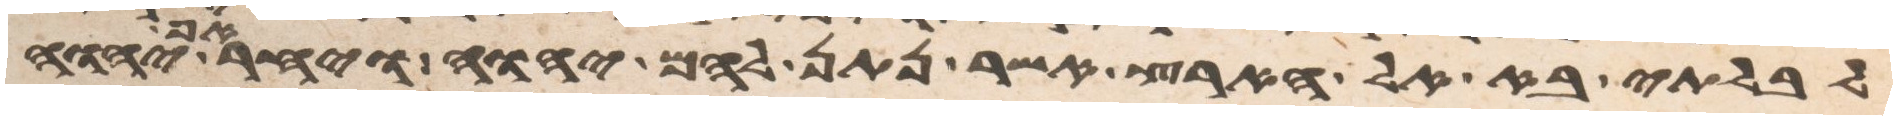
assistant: לבלתי בא אל הארץ אשר נתן להם יהוה ויחר אף יהוה